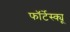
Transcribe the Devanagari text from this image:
फॉर्टेस्क्यू